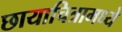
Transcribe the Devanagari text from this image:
छायाचित्रामध्ये